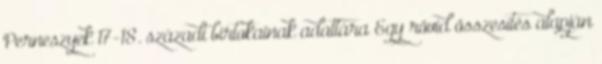
Perneszyek 17-18. századi birtokainak adattára Egy rövid összesítés alapján